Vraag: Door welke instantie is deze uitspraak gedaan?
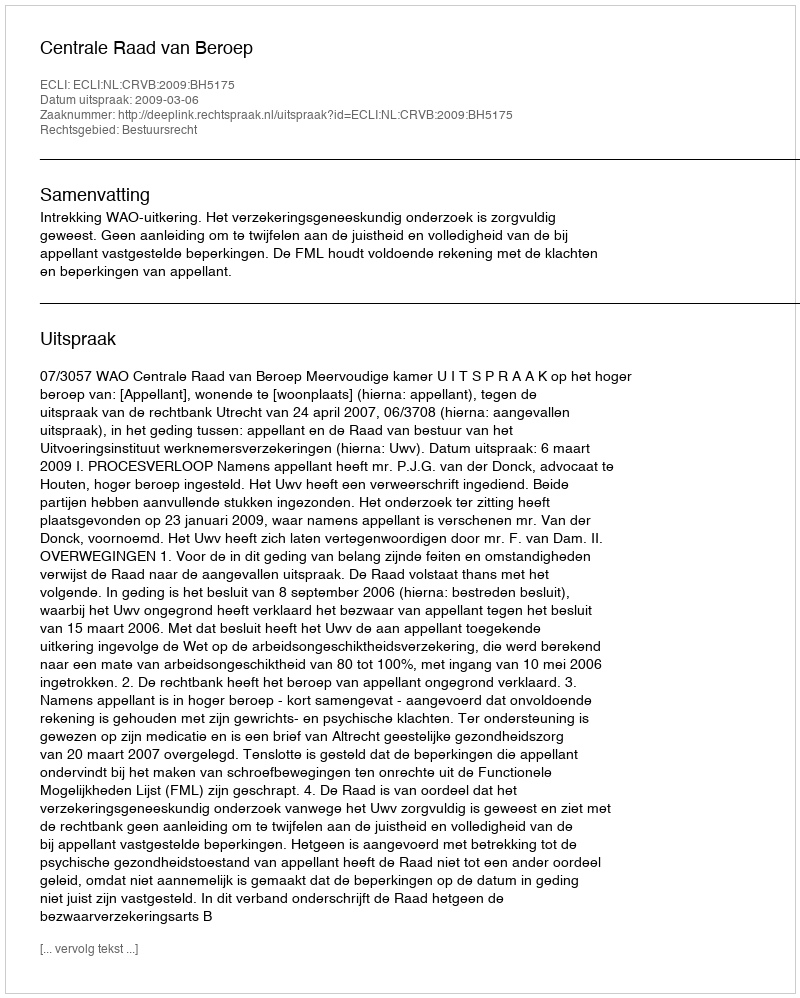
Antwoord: Centrale Raad van Beroep